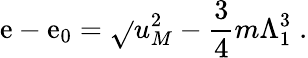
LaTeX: \mathrm{e}-\mathrm{e}_{0}=\sqrt{}{{u_{M}^{2}-\frac{3}{4}m\Lambda_{1}^{3}}}\; .